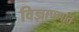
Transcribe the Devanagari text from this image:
विज्ञापणात